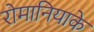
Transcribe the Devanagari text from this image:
रोमानियाके